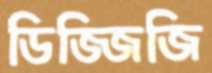
ডিজ্জিজি